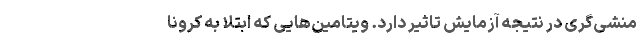
منشی‌گری در نتیجه آزمایش تاثیر دارد. ویتامین‌هایی که ابتلا به کرونا